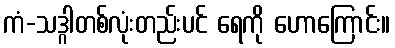
ကံ-သဒ္ဂါတစ်လုံးတည်းပင် ရေကို ဟောကြောင်း။